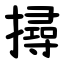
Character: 撏